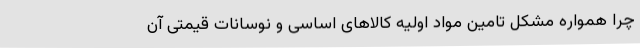
چرا همواره مشکل تامین مواد اولیه کالاهای اساسی و نوسانات قیمتی آن